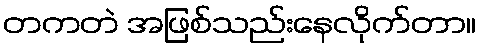
တကတဲ အဖြစ်သည်းနေလိုက်တာ။